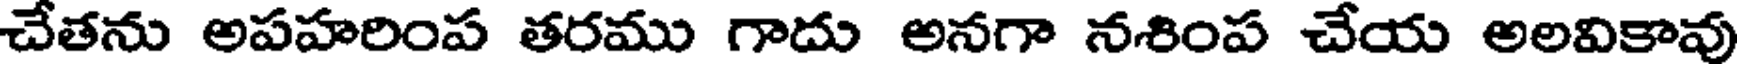
చేతను అపహరింప తరము గాదు అనగా నశింప చేయ అలవికావు